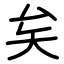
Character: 矣